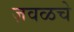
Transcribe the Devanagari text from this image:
ज़वळचे